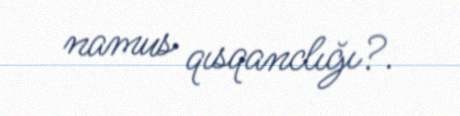
namus qısqanclığı?.